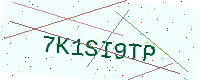
Text: 7K1SI9TP